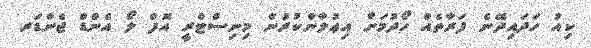
ކިއު ހަދައިދޭނެ ފަރާތެއް ހޯދުމަށް އިޢުލާންކުރުން މިނިސްޓްރީ އޮފް ލޯ އެންޑް ޖެންޑަރ